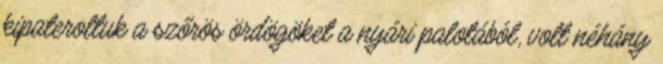
kipateroltuk a szőrös ördögöket a nyári palotából, volt néhány